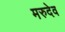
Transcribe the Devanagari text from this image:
मरुदेव